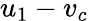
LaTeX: u_{1}-v_{c}